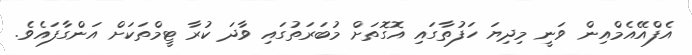
އެފްއޭއެމްއިން ވަނީ މިދިޔަ ހަފުތާގައި އޮގޮތަށް މުބަރަތުގައި ވާދަ ކުރާ ޓީމްތަކަށް އަންގާފައެވެ.